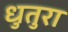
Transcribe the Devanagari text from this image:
धुतुरा